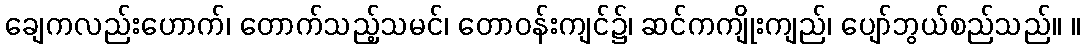
ချေကလည်းဟောက်၊ တောက်သည့်သမင်၊ တောဝန်းကျင်၌၊ ဆင်ကကျိုးကျည်၊ ပျော်ဘွယ်စည်သည်။ ။